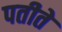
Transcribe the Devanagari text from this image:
पतीते